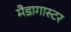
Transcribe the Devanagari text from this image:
मैडागास्टर